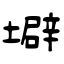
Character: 壀